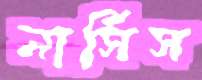
নার্সিস